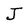
Character: J